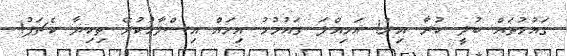
ގައުމުތައް ބުލީ ކުރާ އިރު! އަމިއްލަ ގައުމުމު އިހައް އިސްލާހުކުރޭ ތިކިޔާ ކެޗަޕު!